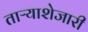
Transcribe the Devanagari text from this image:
ताऱ्याशेजारी